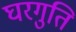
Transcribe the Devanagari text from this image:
घरगुति